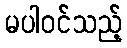
မပါဝင်သည့်